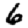
Digit: 6